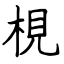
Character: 梘